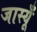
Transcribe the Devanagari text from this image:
जास्यूँ